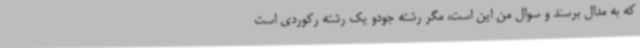
که به مدال برسند و سوال من این است، مگر رشته جودو یک رشته رکوردی است